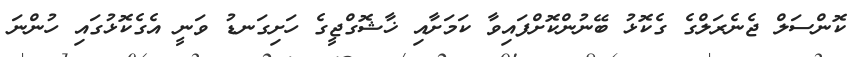
ކޮންސަލް ޖެނެރަލްގެ ގެކޮޅު ބޭނުންކޮށްފައިވާ ކަމަށާއި ޚާޝޮގްޖީގެ ހަށިގަނޑު ވަނީ އެގެކޮޅުގައި ހުންނަ